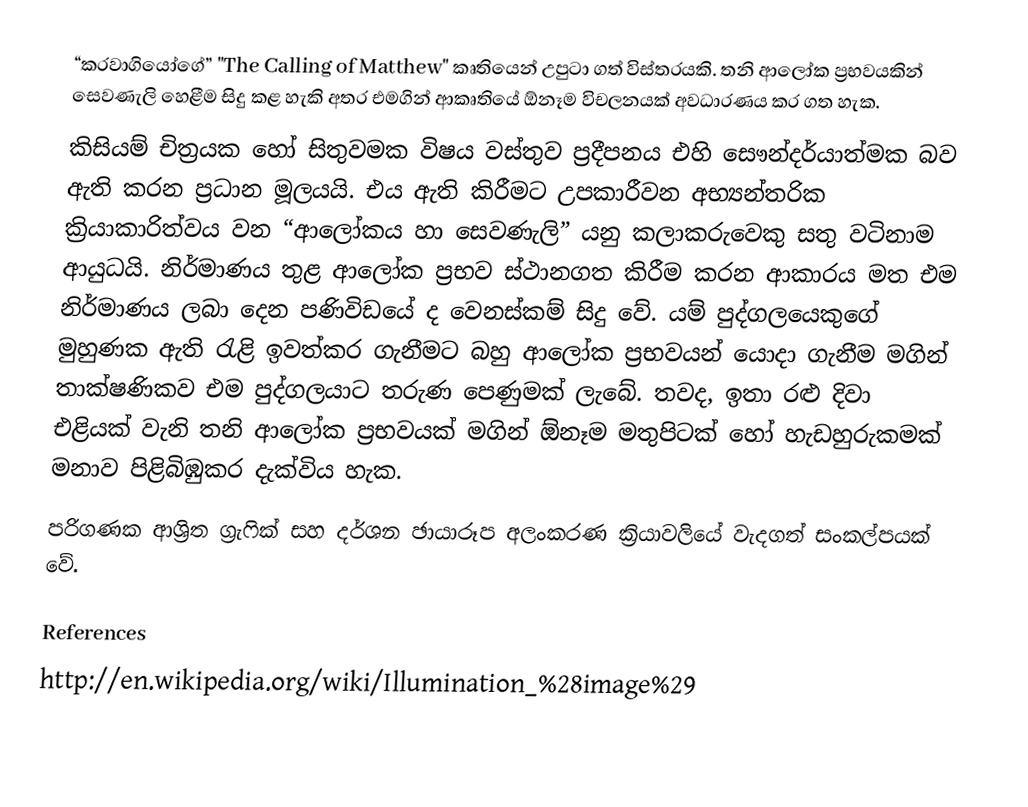
“කරවාගියෝගේ”  "The Calling of Matthew" කෘතියෙන් උපුටා ගත් විස්තරයකි. තනි ආලෝක ප්‍රභවයකින් සෙවණැලි හෙළීම සිදු කළ හැකි අතර එමගින් ආකෘතියේ ඕනෑම විචලනයක් අවධාරණය කර ගත හැක.
කිසියම් චිත්‍රයක හෝ සිතුවමක විෂය වස්තුව ප්‍රදීපනය එහි සෞන්දර්යාත්මක බව ඇති කරන ප්‍රධාන මූලයයි. එය ඇති කිරීමට උපකාරීවන අභ්‍යන්තරික ක්‍රියාකාරිත්වය වන “ආලෝකය හා සෙවණැලි” යනු කලාකරුවෙකු සතු වටිනාම ආයුධයි. නිර්මාණය තුළ ආලෝක ප්‍රභව ස්ථානගත කිරීම කරන ආකාරය මත එම නිර්මාණය ලබා දෙන පණිවිඩයේ ද වෙනස්කම් සිදු වේ.  යම් පුද්ගලයෙකුගේ මුහුණක ඇති රැළි ඉවත්කර ගැනීමට බහු ආලෝක ප්‍රභවයන් යොදා ගැනීම මගින් තාක්ෂණිකව එම පුද්ගලයාට තරුණ පෙණුමක් ලැබේ. තවද, ඉතා රළු දිවා එළියක් වැනි තනි ආලෝක ප්‍රභවයක් මගින් ඕනෑම මතුපිටක්  හෝ හැඩහුරුකමක් මනාව පිළිබිඹුකර දැක්විය හැක.
පරිගණක ආශ්‍රිත ග්‍රැෆික් සහ දර්ශන ඡායාරූප අලංකරණ ක්‍රියාවලියේ  වැදගත් සංකල්පයක් වේ.

References
http://en.wikipedia.org/wiki/Illumination_%28image%29